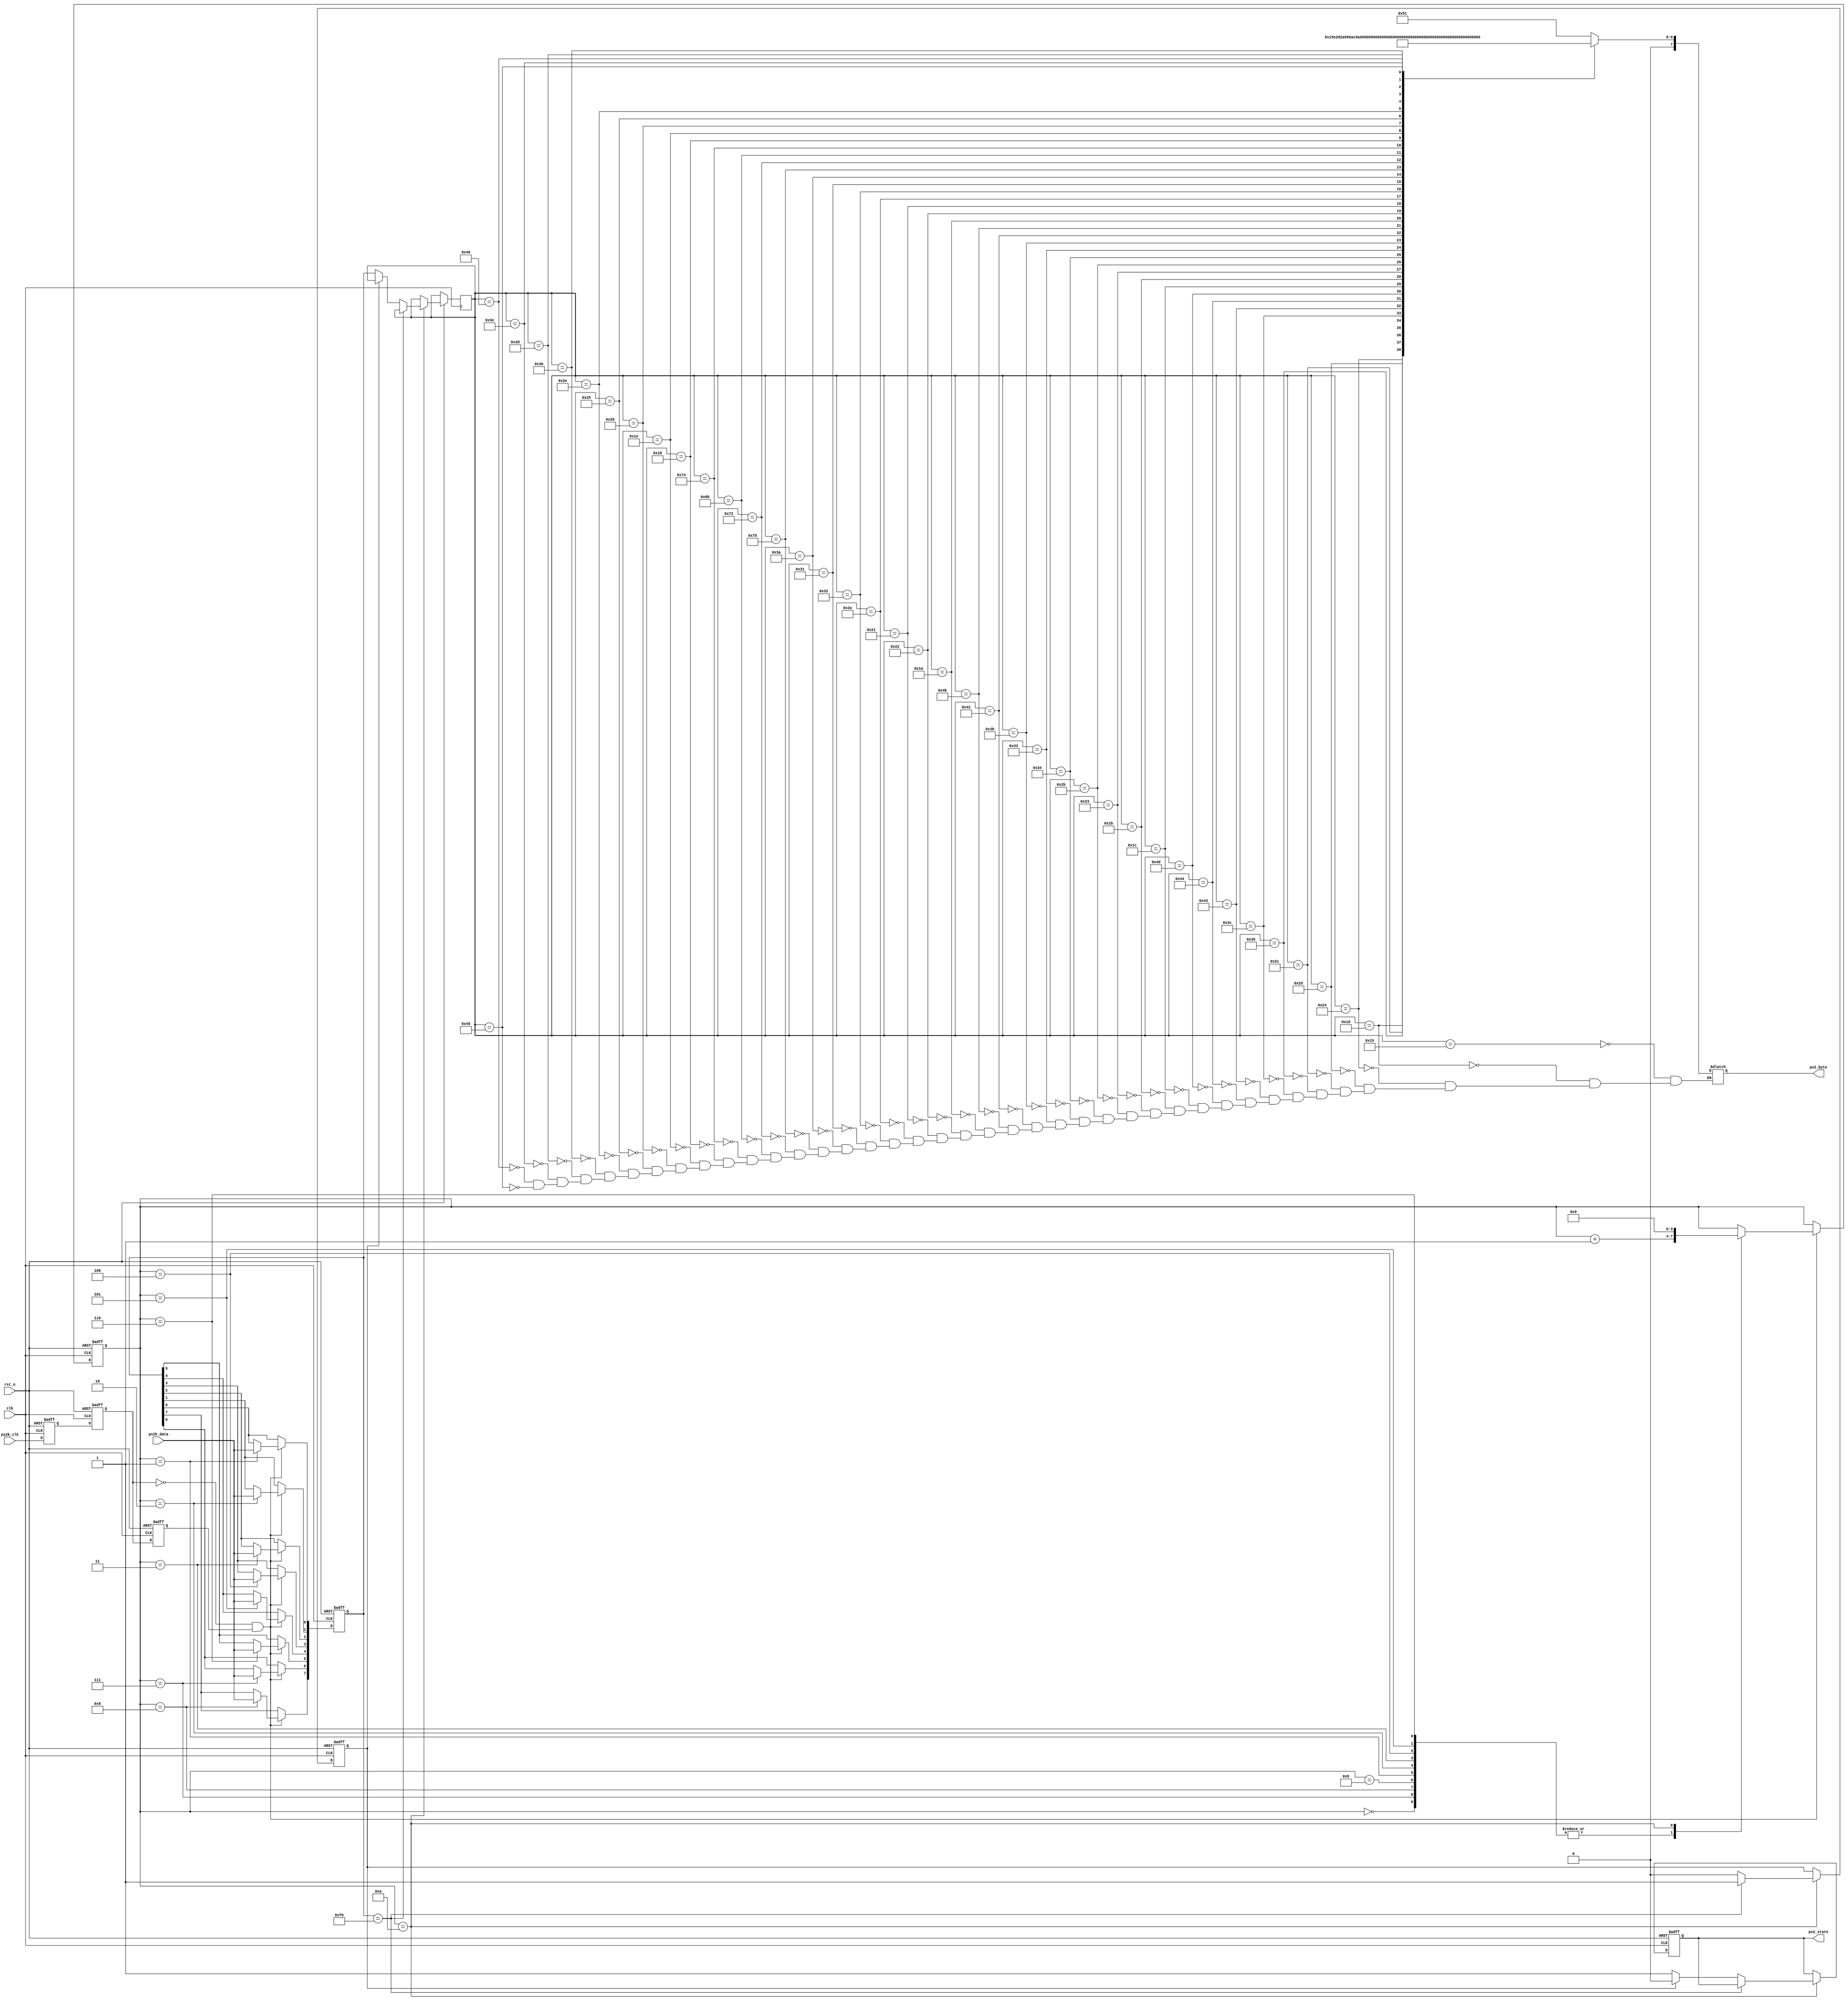
module verilog_keyboard_6(clk,rst_n,ps2k_clk,ps2k_data,ps2_state, ps2_byte);
 
input clk;		//50M?
input rst_n;	//???
input ps2k_clk;	//PS2??
input ps2k_data;		//PS2???
output wire [7:0] ps2_byte;	// 1byte?????
output ps2_state;		//??ps2_state=1 


//------------------------------------------
reg ps2k_clk_r0,ps2k_clk_r1,ps2k_clk_r2;	//ps2k_clk?
//wire pos_ps2k_clk; 	// ps2k_clk??
wire neg_ps2k_clk;	// ps2k_clk??
//?????PS2k_clk?
//???????neg_ps2k_clk??
always @ (posedge clk or negedge rst_n) begin
	if(!rst_n) begin
			ps2k_clk_r0 <= 1'b0;
			ps2k_clk_r1 <= 1'b0;
			ps2k_clk_r2 <= 1'b0;
		end
	else begin								//??
			ps2k_clk_r0 <= ps2k_clk;
			ps2k_clk_r1 <= ps2k_clk_r0;
			ps2k_clk_r2 <= ps2k_clk_r1;
		end
end
 
assign neg_ps2k_clk = ~ps2k_clk_r1 & ps2k_clk_r2;	//?
 
//-----------------?-------------------------
	/*
	??11???12bit 
			1bit start bit ,This is always 0,
			 8dit data bits, 
			 1 parity bit,(odd parity)?
			 data bits ?1?1
			 data bits 1?0.
	         1bit stop bit ,this is always 1.
				num  'h00,'h0A;
	*/
reg[7:0] ps2_byte_r;		//PC?PS2?
reg[7:0] temp_data;			//??
reg[3:0] num;				//
 
always @ (posedge clk or negedge rst_n) begin
	if(!rst_n) begin
			num <= 4'd0;
			temp_data <= 8'd0;
		end
	else if(neg_ps2k_clk) begin	//ps2k_clk?
			case (num)
			 /*
		??????
		?buf,size is one Byte.
	 */   
				4'd0:	num <= num+1'b1;
				4'd1:	begin
							num <= num+1'b1;
							temp_data[0] <= ps2k_data;	//bit0
						end
				4'd2:	begin
							num <= num+1'b1;
							temp_data[1] <= ps2k_data;	//bit1
						end
				4'd3:	begin
							num <= num+1'b1;
							temp_data[2] <= ps2k_data;	//bit2
						end
				4'd4:	begin
							num <= num+1'b1;
							temp_data[3] <= ps2k_data;	//bit3
						end
				4'd5:	begin
							num <= num+1'b1;
							temp_data[4] <= ps2k_data;	//bit4
						end
				4'd6:	begin
							num <= num+1'b1;
							temp_data[5] <= ps2k_data;	//bit5
						end
				4'd7:	begin
							num <= num+1'b1;
							temp_data[6] <= ps2k_data;	//bit6
						end
				4'd8:	begin
							num <= num+1'b1;
							temp_data[7] <= ps2k_data;	//bit7
						end
				4'd9:	begin
							num <= num+1'b1;	//?????
						end
				4'd10: begin
							num <= 4'd0;	// num
						end
				default: ;
				endcase
		end	
end
 
reg key_f0;		//??1?8'hf0???
reg ps2_state_r;	//??ps2_state_r=1 
//+++++++++++++++??++++++++++++++++=============
always @ (posedge clk or negedge rst_n) begin	//???1byte?
	if(!rst_n) begin
			key_f0 <= 1'b0;
			ps2_state_r <= 1'b0;
		end
	else if(num==4'd10) ///??
			begin	//??
					if(temp_data == 8'hf0) key_f0 <= 1'b1;//???
				else
					begin
					//========================?==================================
						if(!key_f0) 
								begin	//
									ps2_state_r <= 1'b1;
									ps2_byte_r <= temp_data;	//??
								end
						else 
								begin
									ps2_state_r <= 1'b0;
									key_f0 <= 1'b0;
								end
					//=====================================================
					end
			end
end
/*++++++++++++++++++++++++++++++++++++++++++
reg key_released;//????
reg [7:0] ps2_byte;
always @(posedge clk or negedge rst)
begin
	if(!rst)
	 key_released<='b0;
	else if(cnt=='h0A)//??
		begin
			if(ps2_byte_buf==8'hF0)//??f0
				key_released<='b1;//???
			else
				key_released<='b0;
		end
end
always @ (posedge clk or negedge rst) 
begin             
  if(!rst)
    key_pressed<= 0;
  else if (cnt == 4'hA)                 //  
  begin      
    if (!key_released)                  // 
    begin 
      ps2_byte<= ps2_byte_buf;      // ??
      key_pressed <= 'b1;                 // 
    end
    else 
      key_pressed <= 'b0;                 // 
  end
end 
*/
 
reg[7:0] ps2_asci;	//?ASCII?
 
always @ (ps2_byte_r) begin
	case (ps2_byte_r)		//?ASCII??????
		8'h15: ps2_asci <= 8'h51;	//Q
		8'h1d: ps2_asci <= 8'h57;	//W
		8'h24: ps2_asci <= 8'h45;	//E
		8'h2d: ps2_asci <= 8'h52;	//R
		8'h2c: ps2_asci <= 8'h54;	//T
		8'h35: ps2_asci <= 8'h59;	//Y
		8'h3c: ps2_asci <= 8'h55;	//U
		8'h43: ps2_asci <= 8'h49;	//I
		8'h44: ps2_asci <= 8'h4f;	//O
		8'h4d: ps2_asci <= 8'h50;	//P				  	
		8'h1c: ps2_asci <= 8'h41;	//A
		8'h1b: ps2_asci <= 8'h53;	//S
		8'h23: ps2_asci <= 8'h44;	//D
		8'h2b: ps2_asci <= 8'h46;	//F
		8'h34: ps2_asci <= 8'h47;	//G
		8'h33: ps2_asci <= 8'h48;	//H
		8'h3b: ps2_asci <= 8'h4a;	//J
		8'h42: ps2_asci <= 8'h4b;	//K
		8'h4b: ps2_asci <= 8'h4c;	//L
		8'h1a: ps2_asci <= 8'h5a;	//Z
		8'h22: ps2_asci <= 8'h58;	//X
		8'h21: ps2_asci <= 8'h43;	//C
		8'h2a: ps2_asci <= 8'h56;	//V
		8'h32: ps2_asci <= 8'h42;	//B
		8'h31: ps2_asci <= 8'h4e;	//N
		8'h3a: ps2_asci <= 8'h4d;	//M

        8'h75: ps2_asci <= 8'h18;    //UP
        8'h72: ps2_asci <= 8'h19;    //DOWN
        8'h6b: ps2_asci <= 8'h1b;    //LEFT
        8'h74: ps2_asci <= 8'h1a;    //RIGHT
        8'h16: ps2_asci <= 8'h31;    //1
        8'h1e: ps2_asci <= 8'h32;    //2
        8'h26: ps2_asci <= 8'h33;    //3
        8'h25: ps2_asci <= 8'h34;    //4
        8'h2e: ps2_asci <= 8'h35;    //5
        8'h36: ps2_asci <= 8'h36;    //6
        8'h3d: ps2_asci <= 8'h37;    //7
        8'h3e: ps2_asci <= 8'h38;    //8
        8'h46: ps2_asci <= 8'h39;    //9
        8'h45: ps2_asci <= 8'h30;    //0
		default: ;
		endcase
end
 
assign ps2_byte = ps2_asci;	 
assign ps2_state = ps2_state_r;
//==================keyboard driver part over======================
 
endmodule